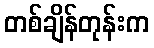
တစ်ချိန်တုန်းက